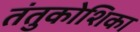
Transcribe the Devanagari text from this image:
तंतुकोशिका